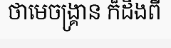
ថាមេចង្គ្រាន ក៏ដឹងពី